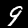
Digit: 9